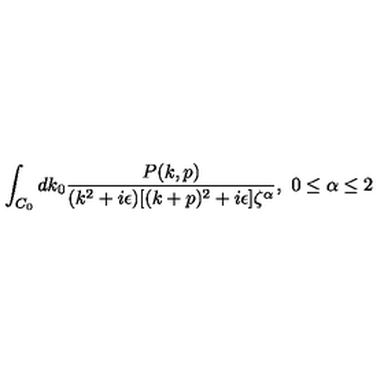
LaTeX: \int _ { C _ { 0 } } d k _ { 0 } { \frac { P ( k , p ) } { ( k ^ { 2 } + i \epsilon ) [ ( k + p ) ^ { 2 } + i \epsilon ] \zeta ^ { \alpha } } } , \ 0 \leq \alpha \leq 2